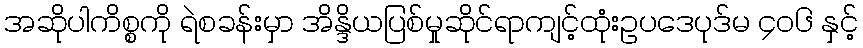
အဆိုပါကိစ္စကို ရဲစခန်းမှာ အိန္ဒိယပြစ်မှုဆိုင်ရာကျင့်ထုံးဥပဒေပုဒ်မ ၄၀၆ နှင့်